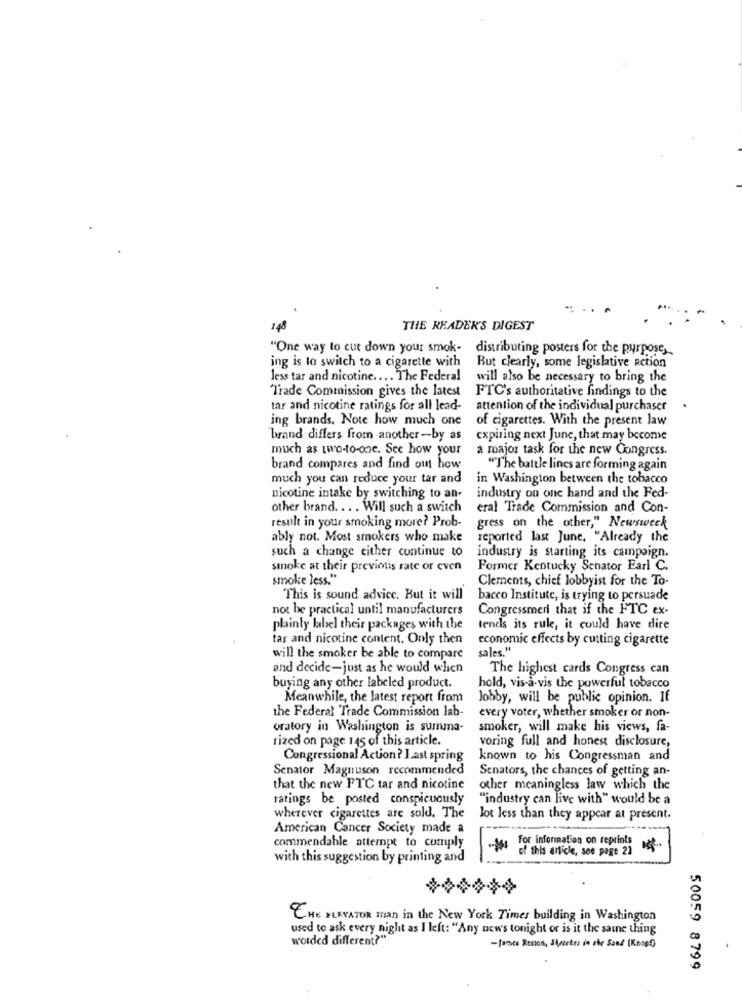
1.48
THE READER'S DIGEST
"One way to cut down your smok-
distributing posters for the purpose,
ing is to switch to a cigarette with
But clearly, some legislative action
less tar and nicotine .... The Federal
will also be necessary to bring the
Trade Commission gives the latest
FTC's authoritative findings to the
tar and nicotine ratings for all lead-
attention of the individual purchaser
ing brands. Note how much one
of cigarettes. With the present law
'brand differs from another-by as
expiring next June, that may become
much as two-to-one. See how your
a major task for the new Congress.
brand compares and find out how
""The battle lines are forming again
much you can reduce your tar and
in Washington between the tobacco
nicotine intake by switching to an-
industry on one hand and the Fed-
other brand. . . . Will such a switch
eral Trade Commission and Con-
result in your smoking more? Prob-
gress on the other," Newsweek
ably not. Most smokers who make
reported last June. "Already the
such a change either continue to
industry is starting its campaign.
smoke at their previous rate or even
Former Kentucky Senator Earl C.
smoke less."
Clements, chief lobbyist for the To-
This is sound advice. But it will
bacco Institute, is trying to persuade
not be practical until manufacturers
Congressmeri that if the FTC ex-
plainty label their packages with the
tends its rule, it could have dire
tar and nicotine content. Only then
economic effects by cutting cigarette
sales."
will the smoker be able to compare
and decide-just as he would when
The highest cards Congress can
buying any other labeled product.
hold, vis-à-vis the powerful tobacco
Meanwhile, the latest report from
Jobby, will be public opinion. If
the Federal Trade Commission lab-
every voter, whether smoker or non-
oratory in Washington is summa-
smoker, will make his views, fa-
rized on page 145 of this article.
voring full and honest disclosure,
Congressional Action? Last spring
known to his Congressman and
Senator Magnuson recommended
Senators, the chances of getting an-
that the new FTC tar and nicotine
other meaningless law which the
ratings be posted conspicuously
"industry can live with" would be a
wherever cigarettes are sold. The
lot less than they appear at present.
American Cancer Society made a
For information on reprints
commendable attempt to comply
of this article, see page 21 "4"
with this suggestion by printing and
THE ELEVATOR man in the New York Times building in Washington
used to ask every night as I left: "Any news tonight or is it the same thing
worded different?"
- fancs Ruston, Snartes in the Sand (Knopf)
50059 8799